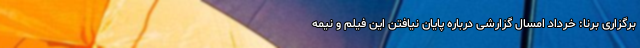
برگزاری برنا: خرداد امسال گزارشی درباره پایان نیافتن این فیلم و نیمه